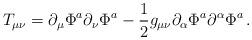
LaTeX: \begin{align*}T_{\mu\nu} = \partial_\mu\Phi^a \partial_\nu\Phi^a-{1\over 2}g_{\mu\nu}\partial_\alpha\Phi^a\partial^\alpha\Phi^a\,.\end{align*}